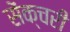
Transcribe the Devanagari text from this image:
सेंक्चरी